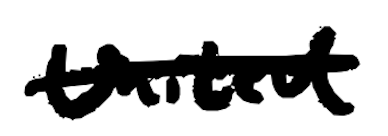
Text: United
Cross-out: single-line
Writing tool: digital_black